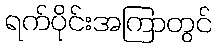
ရက်ပိုင်းအကြာတွင်